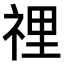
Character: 𥚃